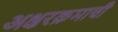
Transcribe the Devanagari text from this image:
अक्षरक्रमाची